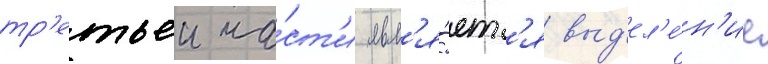
тр'етьеи ча́ст'и явл'я́етс'я выд'ел'е́н'ие